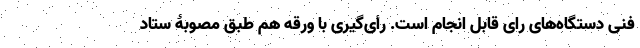
فنی دستگاه‌های رای قابل انجام است. رأی‌گیری با ورقه هم طبق مصوبۀ ستاد